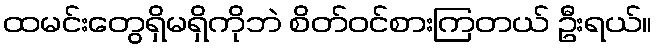
ထမင်းတွေရှိမရှိကိုဘဲ စိတ်ဝင်စားကြတယ် ဦးရယ်။